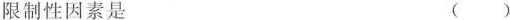
限制性因素是 ( )